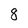
Character: 8